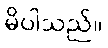
မိပါသည်။